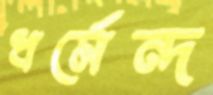
ধর্মেন্দ